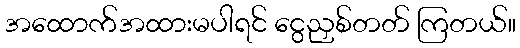
အထောက်အထားမပါရင် ငွေညှစ်တတ် ကြတယ်။